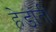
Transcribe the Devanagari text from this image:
हेडांती